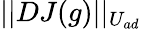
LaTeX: ||DJ(g)||_{U_{ad}}